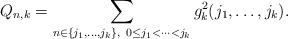
LaTeX: \begin{align*} Q_{n, k} = \sum_{n \in\{j_1, \ldots, j_k\},\ 0 \le j_1 < \cdots<j_k}g^2_k(j_1, \ldots, j_k).\end{align*}